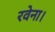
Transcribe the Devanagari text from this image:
रवेना।